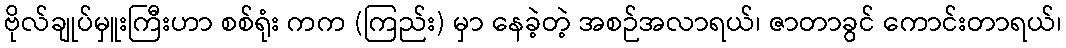
ဗိုလ်ချုပ်မှူးကြီးဟာ စစ်ရုံး ကက (ကြည်း) မှာ နေခဲ့တဲ့ အစဉ်အလာရယ်၊ ဇာတာခွင် ကောင်းတာရယ်၊